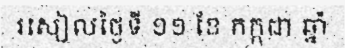
រសៀលថ្ងៃទី ១១ ខែ កក្កដា ឆ្នាំ